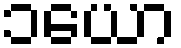
၁ယော